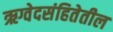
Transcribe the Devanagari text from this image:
ऋग्वेदसंहितेतील